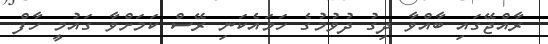
ރާއްޖޭގައި ބާއްވާ ދިގު ދުވުމުގެ ހަމައެކަނި ރޭސް ކަމަށްވާ ގައުމީ ހާފް